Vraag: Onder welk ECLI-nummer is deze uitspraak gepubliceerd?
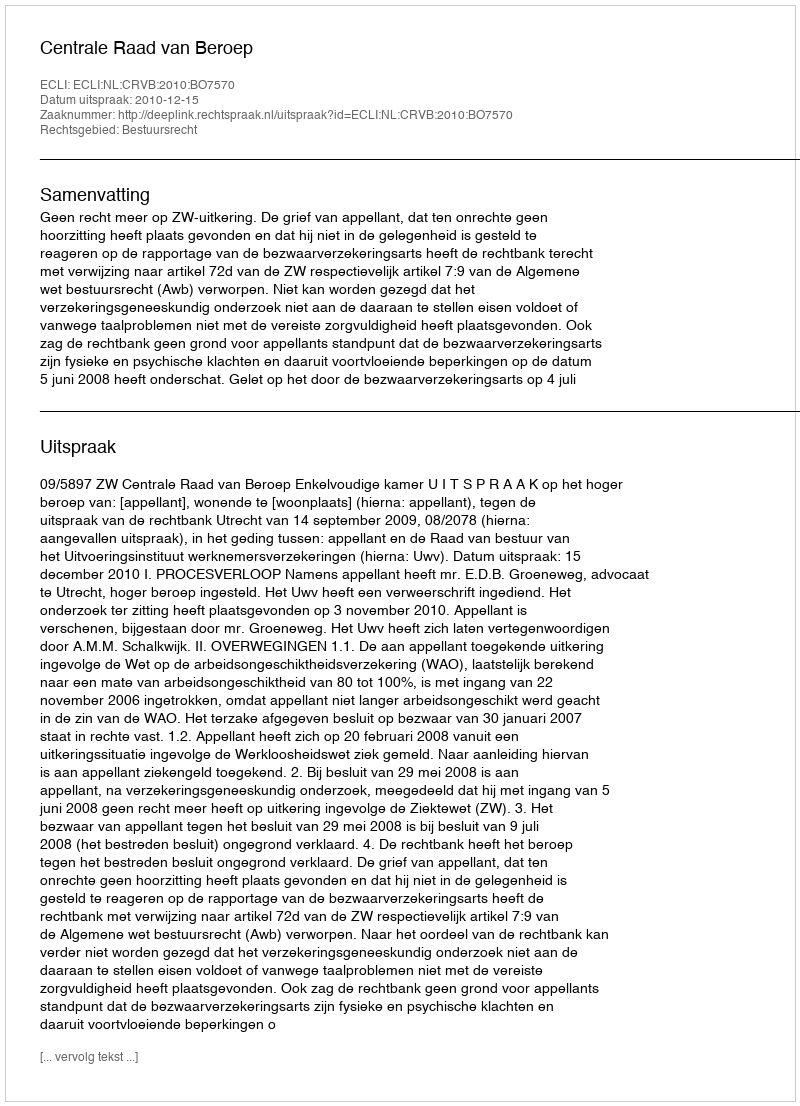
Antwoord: ECLI:NL:CRVB:2010:BO7570